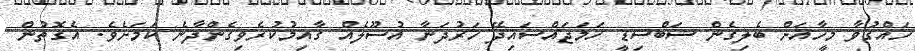
ހައްގުވާ މީހާއަށް ބެލިގެން ސަބްސިޑީ ހަމަޖައްސައިދޭ ހަރުދަނާ އުސޫލެއް ގާއިމުކުރެވިގެންދާނެ ކަމަށެވެ. އެގޮތުން